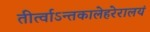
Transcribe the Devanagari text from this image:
तीर्त्वाऽन्तकालेहरेरालयं